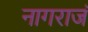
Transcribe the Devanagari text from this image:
नागराजं